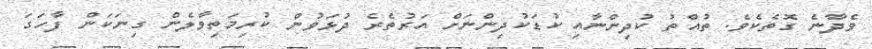
ވެދާނެ ގޮތެކެވެ. ތުއްތު ކުދިންނާއި ކުޑަކުދިންނަށް އަރުތެރެ ދުޅަވުން ކުރިމަތިވާލެން ގިނަކަން ފާހަގަ